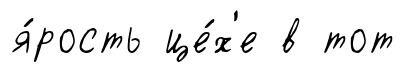
я́рость це́х'е в тот